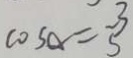
\cos \alpha = \frac { 3 } { 5 }